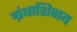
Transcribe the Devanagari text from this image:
ग्रंथाशिवाय